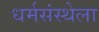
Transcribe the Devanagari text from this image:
धर्मसंस्थेला